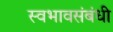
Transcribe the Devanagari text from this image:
स्वभावसंबंधी